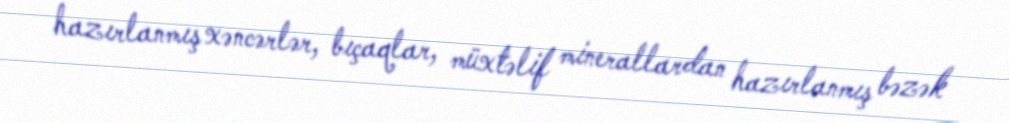
hazırlanmış xəncərlər, bıçaqlar, müxtəlif minerallardan hazırlanmış bəzək